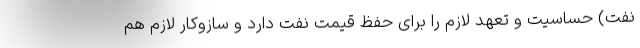
نفت) حساسیت و تعهد لازم را برای حفظ قیمت نفت دارد و سازوکار لازم هم